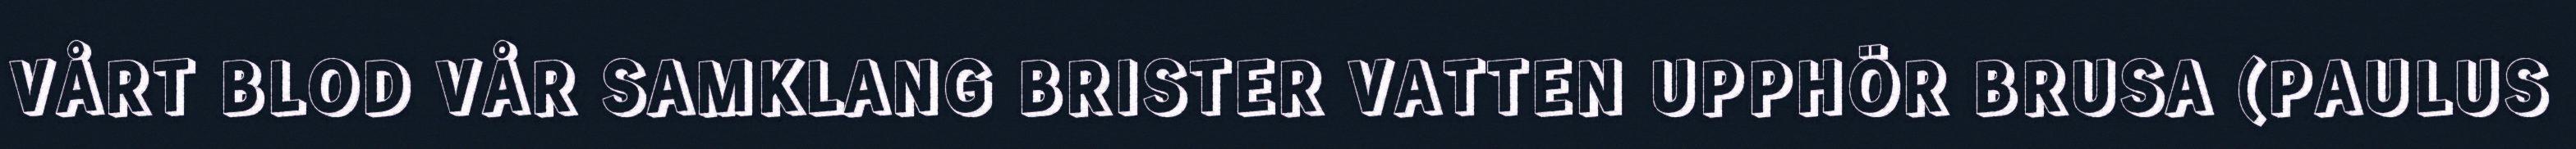
VÅRT BLOD VÅR SAMKLANG BRISTER VATTEN UPPHÖR BRUSA (PAULUS